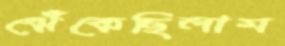
ঝেঁকেছিলাম